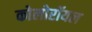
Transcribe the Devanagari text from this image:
कोलोरॉयल